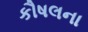
કૌષલના